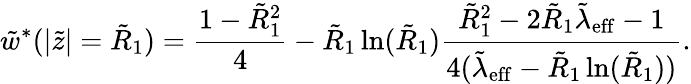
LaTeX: \tilde{w}^{*}(|\tilde{z}|=\tilde{R}_{1})=\frac{1-\tilde{R}_{1}^{2}}{4}-\tilde{R}_{1}\ln(\tilde{R}_{1})\frac{\tilde{R}_{1}^{2}-2\tilde{R}_{1}\tilde{\lambda}_{\mathrm{eff}}-1}{4(\tilde{\lambda}_{\mathrm{eff}}-\tilde{R}_{1}\ln(\tilde{R}_{1}))}.